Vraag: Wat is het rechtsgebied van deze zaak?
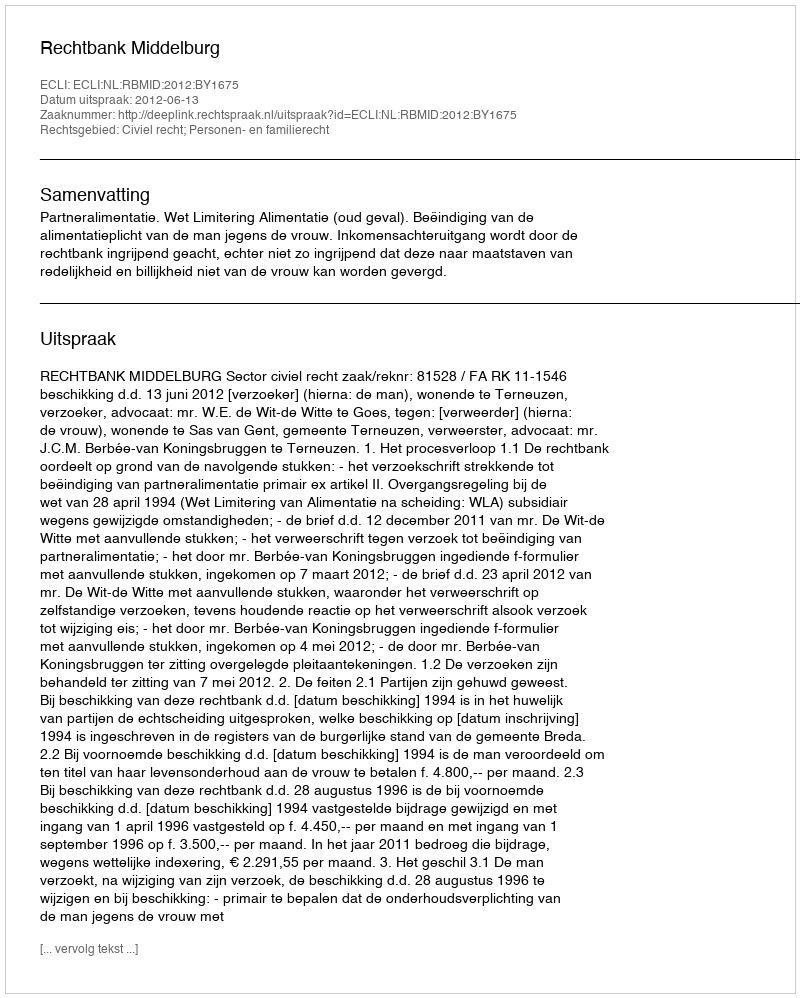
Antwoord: Civiel recht; Personen- en familierecht